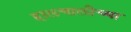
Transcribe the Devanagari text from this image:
हालचालीच्या